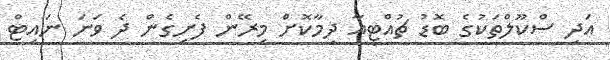
އަދި ސްކޫލްތަކުގެ ބޮޑު ޗުއްޓީއާ ދިމާކޮށް މިރޭން ފެށިގެން ދެ ވަނަ ނައިޓް